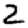
Digit: 2